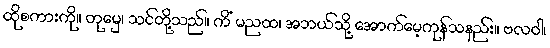
ထိုစကားကို။ တုမှေ၊ သင်တို့သည်။ ကိံ မညထ၊ အဘယ်သို့ အောက်မေ့ကုန်သနည်း။ ဗလဝါ၊